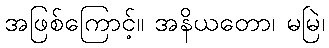
အဖြစ်ကြောင့်။ အနိယတော၊ မမြဲ၊